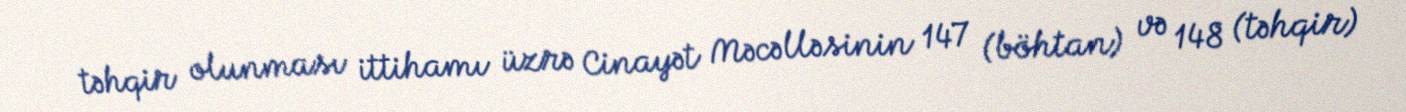
təhqir olunması ittihamı üzrə Cinayət Məcəlləsinin 147 (böhtan) və 148 (təhqir)